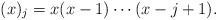
LaTeX: \begin{align*}(x)_j = x(x-1)\cdots (x-j+1). \end{align*}